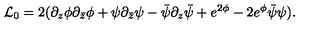
{ \cal L } _ { 0 } = 2 ( \partial _ { z } \phi \partial _ { \bar { z } } \phi + \psi \partial _ { \bar { z } } \psi - \bar { \psi } \partial _ { z } \bar { \psi } + e ^ { 2 \phi } - 2 e ^ { \phi } \bar { \psi } \psi ) .